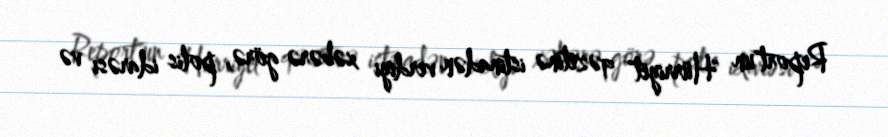
Report"un "Hürriyet" qəzetinə istinadən verdiyi xəbərə görə, polis idarəsi və